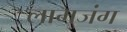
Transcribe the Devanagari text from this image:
लामजंग